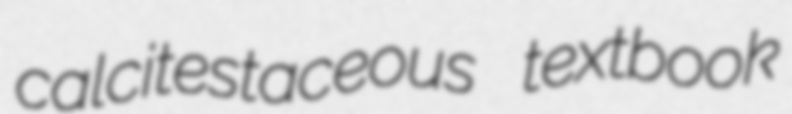
calcitestaceous textbook